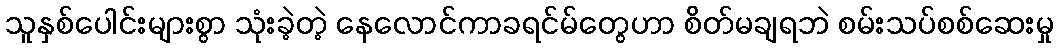
သူနှစ်ပေါင်းများစွာ သုံးခဲ့တဲ့ နေလောင်ကာခရင်မ်တွေဟာ စိတ်မချရဘဲ စမ်းသပ်စစ်ဆေးမှု